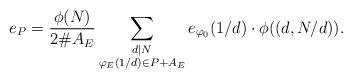
LaTeX: \begin{align*}e_P = \frac{\phi(N)}{2\# A_E} \sum_{\substack{d |N \\ \varphi_E(1/d) \in P+A_E}} e_{\varphi_0}(1/d) \cdot \phi((d,N/d)).\end{align*}